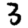
Digit: 3